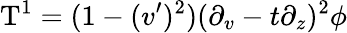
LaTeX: \mathrm{T}^{1}=(1-(v^{\prime})^{2})(\partial_{v}-t\partial_{z})^{2}\phi